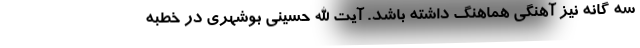
سه گانه نیز آهنگی هماهنگ داشته باشد. آیت الله حسینی بوشهری در خطبه